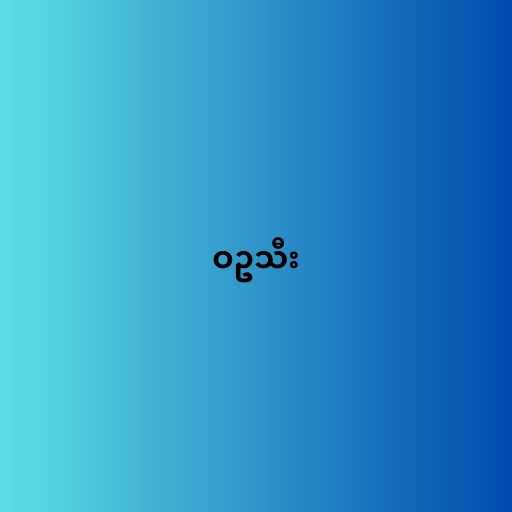
ဝဥသီး